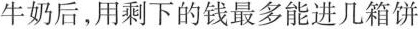
牛奶后，用剩下的钱最多能进几箱饼